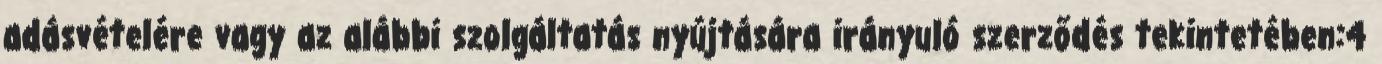
adásvételére vagy az alábbi szolgáltatás nyújtására irányuló szerződés tekintetében:4